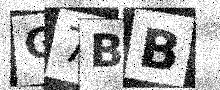
Text: G7BB